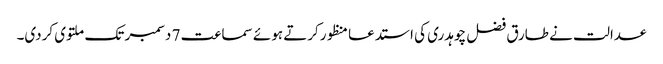
عدالت نے طارق فضل چوہدری کی استدعا منظورکرتے ہوئے سماعت 7 دسمبر تک ملتوی کردی۔